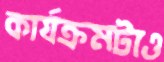
কার্যক্রমটাও